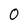
Character: 0